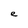
Character: e